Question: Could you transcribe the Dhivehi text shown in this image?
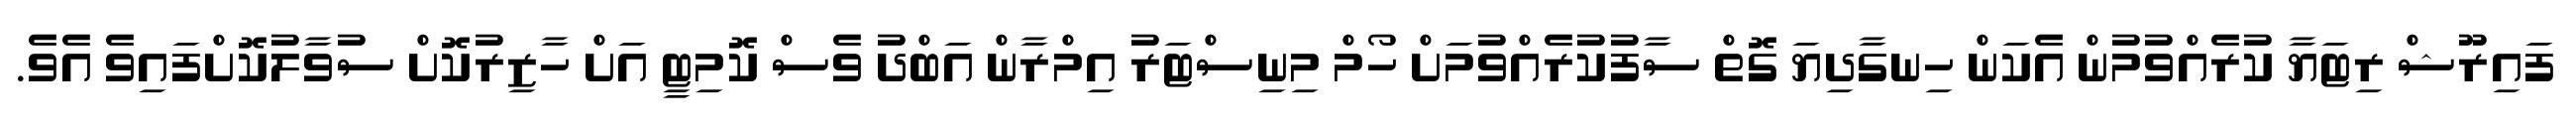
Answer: ފައިރޫޝް ރިޓަޔާ ކުރެއްވުމުން އެކަން ހިނގާދިޔަ ގޮތް ސާފުކުރެއްވުމަށް ހޯމް މިނިސްޓަރު އިމްރާން އަބްދު ވެސް ކޮމިޓީ އަށް ހާޒިރުކޮށް ސުވާލުކޮށްފައިވެ އެވެ.